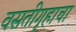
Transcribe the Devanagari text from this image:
वसतीगृहाचा